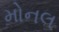
મોનલ